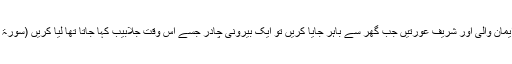
فیصلہ یہ ہوا کہ ایمان والی اور شریف عورتیں جب گھر سے باہر جایا کریں تو ایک بیرونی چادر جسے اس وقت جلابیب کہا جاتا تھا لیا کریں (سورۃ احزاب آیت 59)۔